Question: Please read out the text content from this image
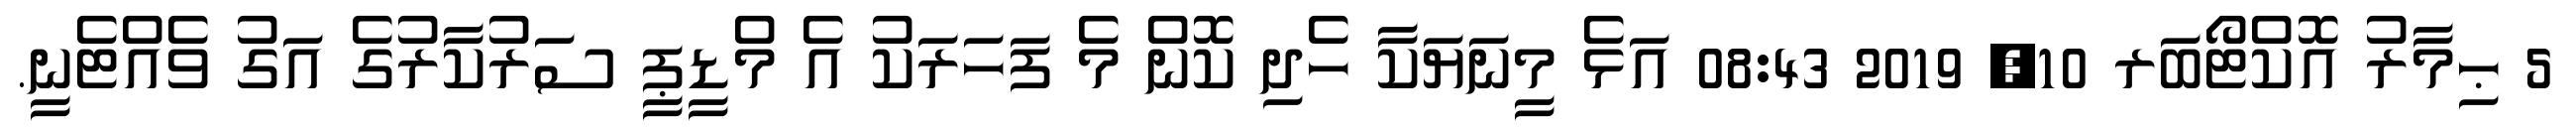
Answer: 5 ޙިމާރު އޮކްޓޯބަރ 10, 2019 08:43 އަޅެ މީނަޔަކާ ހެދި ކޮން މެ ފަހަރަކު އެ މްޑީޕީ ސަރުކާރުގެ އަގު ވެއްޓެނީ.